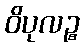
ဝိပုလဉ္စ